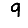
Digit: 9